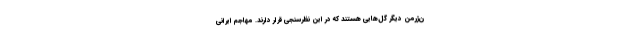
ن‌ژرمن دیگر گل‌هایی هستند که در این نظرسنجی قرار دارند. مهاجم ایرانی